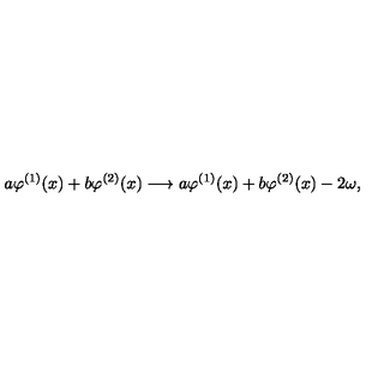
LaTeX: a \varphi ^ { ( 1 ) } ( x ) + b \varphi ^ { ( 2 ) } ( x ) \longrightarrow a \varphi ^ { ( 1 ) } ( x ) + b \varphi ^ { ( 2 ) } ( x ) - 2 \omega ,